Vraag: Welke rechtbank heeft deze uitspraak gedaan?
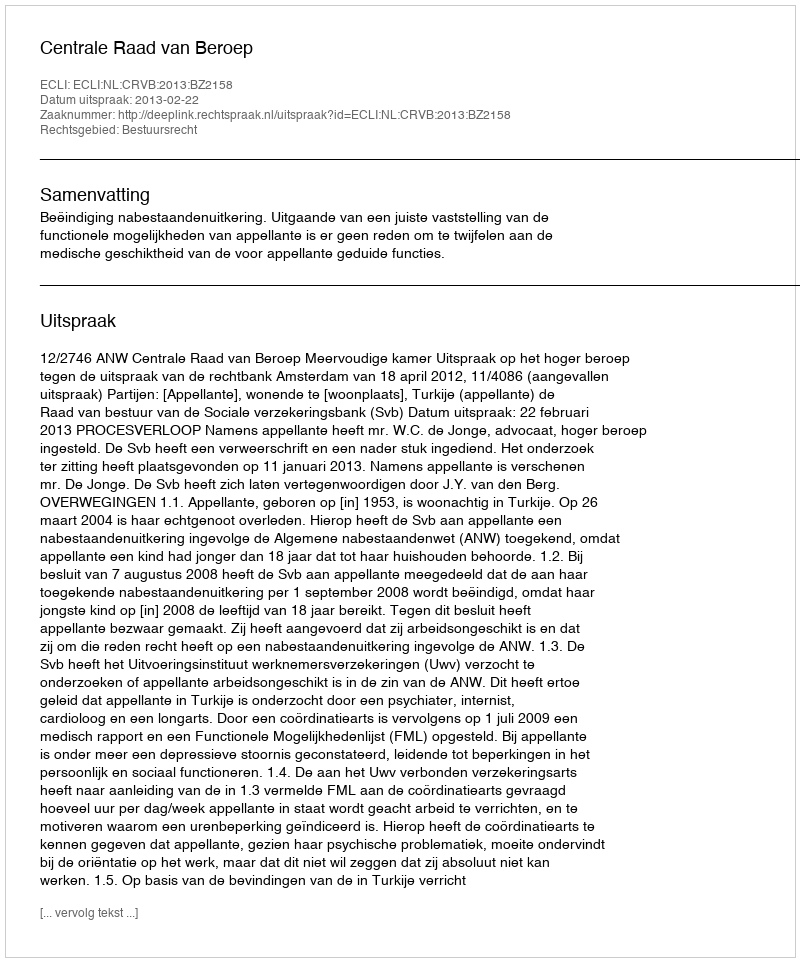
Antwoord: Centrale Raad van Beroep